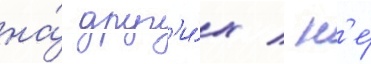
на́ друг'и́х / н'е́